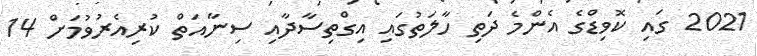
2021 ގައި ކޮވިޑްގެ އެންމެ ދަތި ހާލަތުގައި އިގްތިސާދާއި ސިނާއަތް ކުރިއެރުވުމަށް 14